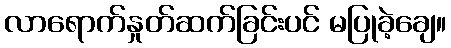
လာရောက်နှုတ်ဆက်ခြင်းပင် မပြုခဲ့ချေ။